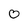
Character: 0